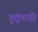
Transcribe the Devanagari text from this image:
हुतूंचाही